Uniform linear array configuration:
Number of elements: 4
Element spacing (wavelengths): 1
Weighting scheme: uniform
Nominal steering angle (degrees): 45
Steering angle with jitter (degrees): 43.918
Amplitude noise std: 0.05
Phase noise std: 0.05

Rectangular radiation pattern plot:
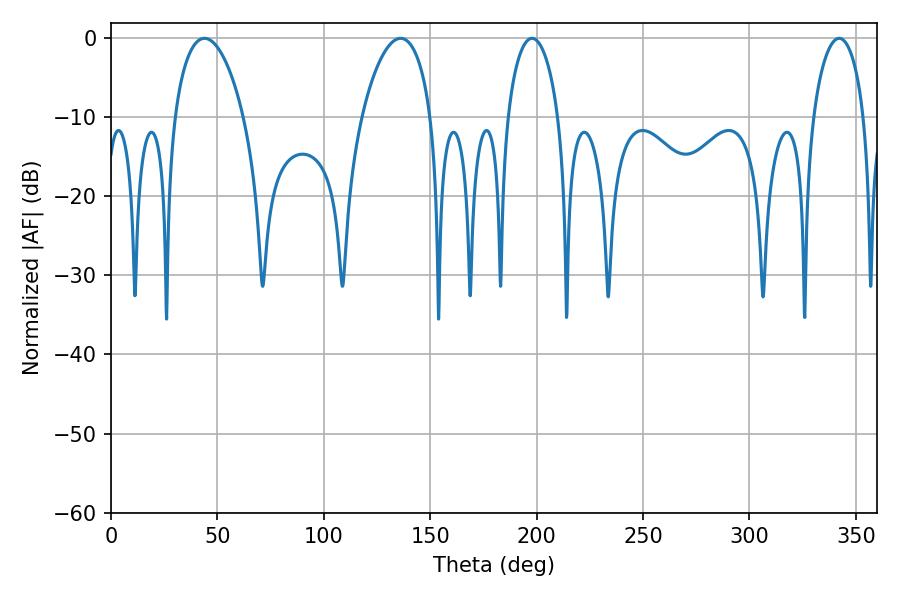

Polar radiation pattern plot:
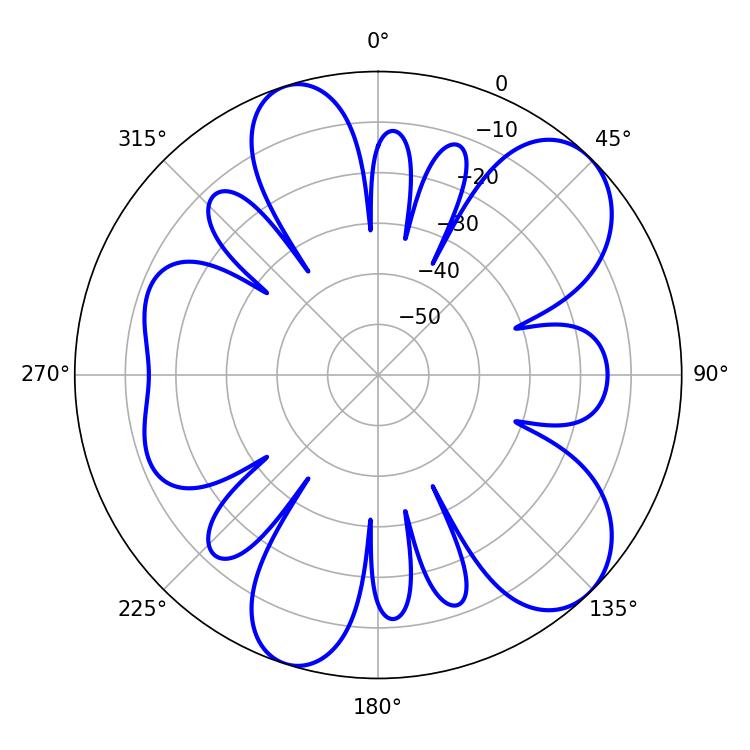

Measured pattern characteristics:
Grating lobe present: TRUE
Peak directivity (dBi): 8.68
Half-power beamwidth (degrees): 18.36
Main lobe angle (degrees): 43.92